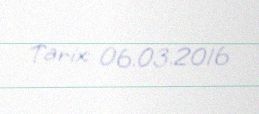
Tarix: 06.03.2016